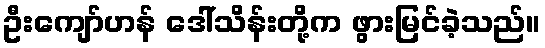
ဦးကျော်ဟန် ဒေါ်သိန်းတို့က ဖွားမြင်ခဲ့သည်။